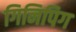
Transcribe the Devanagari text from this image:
गिनिपिग